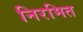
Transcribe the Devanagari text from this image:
निरमित